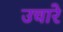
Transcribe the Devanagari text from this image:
उचारे